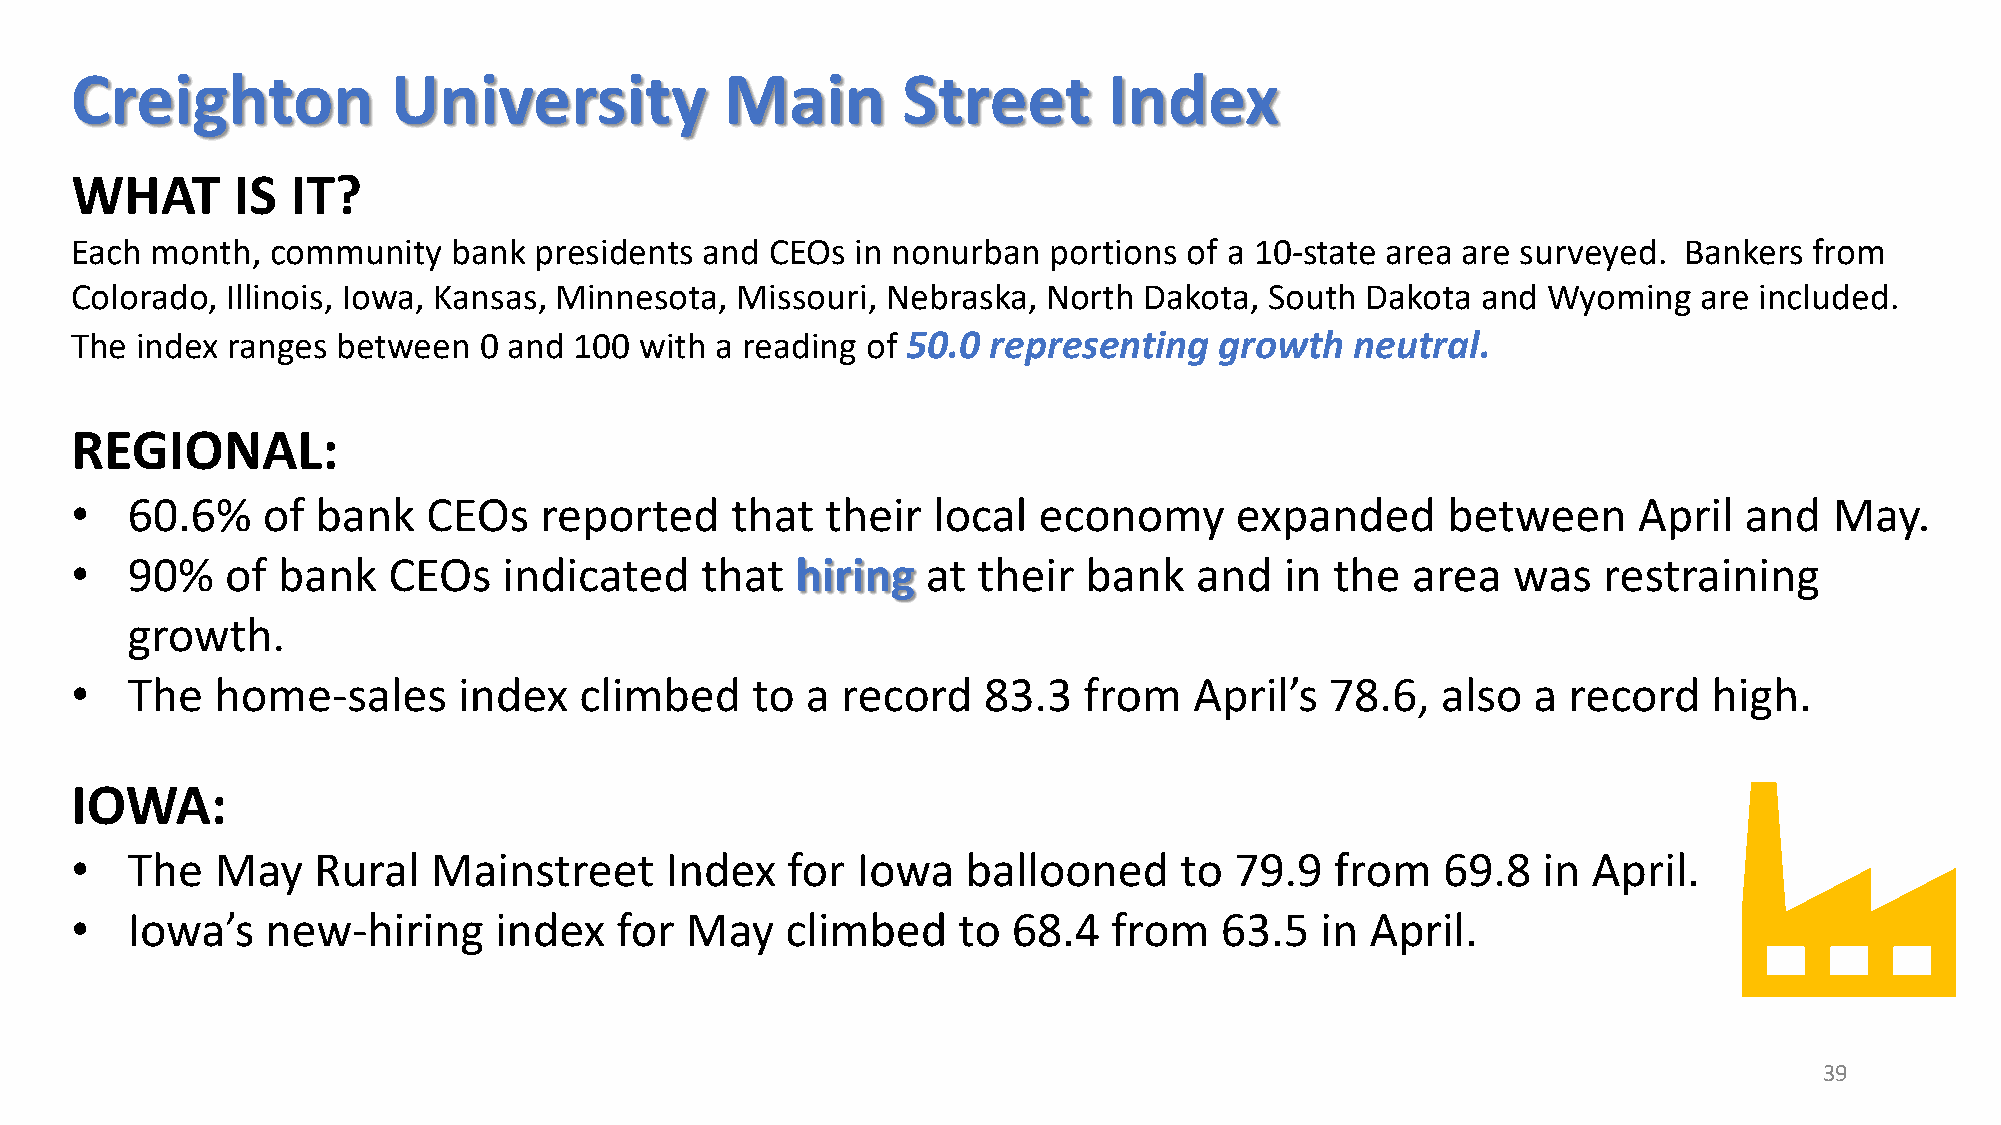
Creighton            University            Main        Street       Index
 WHAT      IS  IT?
 Each month,  community   bank presidents  and CEOs  in nonurban  portions of a 10-state area are surveyed. Bankers from
 Colorado, Illinois, Iowa, Kansas, Minnesota, Missouri, Nebraska, North Dakota, South Dakota  and Wyoming    are included.
 The index ranges between   0 and 100 with a reading of 50.0  representing   growth   neutral.
 REGIONAL:
 •  60.6%    of  bank   CEOs    reported    that   their  local  economy      expanded      between     April  and   May.
 •  90%    of bank    CEOs   indicated    that   hiring  at  their  bank   and   in the  area   was   restraining
 growth.
 •  The   home-sales      index   climbed     to a  record   83.3   from   April’s  78.6,  also  a  record   high.
 IOWA:
 •  The   May    Rural   Mainstreet     Index   for  Iowa   ballooned     to  79.9  from   69.8   in April.
 •  Iowa’s    new-hiring     index   for May    climbed    to  68.4   from   63.5  in  April.
 39